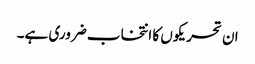
ان تحریکوں کا انتخاب ضروری ہے۔